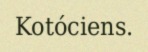
Kotóciens.